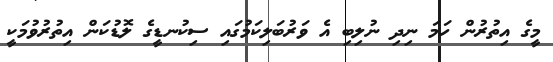
މީގެ އިތުރުން ހަމަ ނިދި ނުލިބި އެ ވަރުބަލިކަމުގައި ސިކުނޑީގެ ލޮޑުކަން އިތުރުވުމަކީ